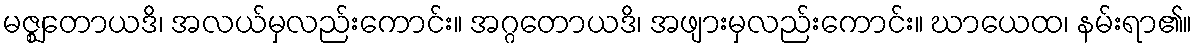
မဇ္ဈတောယဒိ၊ အလယ်မှလည်းကောင်း။ အဂ္ဂတောယဒိ၊ အဖျားမှလည်းကောင်း။ ဃာယေထ၊ နမ်းရာ၏။